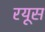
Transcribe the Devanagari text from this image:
रयूस